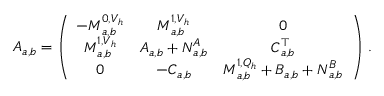
\boldsymbol A _ { a , b } = \left( \begin{array} { c c c } { - \boldsymbol M _ { { a } , { b } } ^ { 0 , \boldsymbol V _ { h } } } & { \boldsymbol M _ { { a } , { b } } ^ { 1 , \boldsymbol V _ { h } } } & { \boldsymbol 0 } \\ { \boldsymbol M _ { { a } , { b } } ^ { 1 , \boldsymbol V _ { h } } } & { \boldsymbol A _ { { a } , { b } } + \boldsymbol N _ { { a } , { b } } ^ { A } } & { \boldsymbol C _ { { a } , { b } } ^ { \top } } \\ { \boldsymbol 0 } & { - \boldsymbol C _ { { a } , { b } } } & { \boldsymbol M _ { a , b } ^ { 1 , Q _ { h } } + \boldsymbol B _ { a , b } + \boldsymbol N _ { a , b } ^ { B } } \end{array} \right) \, .